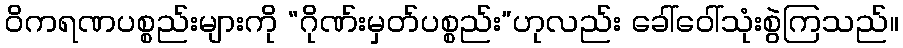
ဝိကရဏပစ္စည်းများကို “ဂိုဏ်းမှတ်ပစ္စည်း”ဟုလည်း ခေါ်ဝေါ်သုံးစွဲကြသည်။